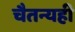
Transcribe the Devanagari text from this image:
चैतन्यही